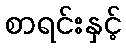
စာရင်းနှင့်